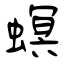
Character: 螟